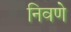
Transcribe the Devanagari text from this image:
निवणे